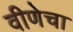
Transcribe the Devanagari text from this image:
वीणेचा